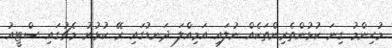
މުހިންމު ގިނަ ކުޅުންތެރިންތަކެއް ނުލައި އަމިއްލަ ދަނޑުގައި ރޭ ކުޅުނު މެޗުގައި ސްޓީއު